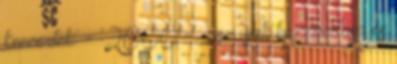
koncertek' - '2000 -' » az újak hozzáadása és